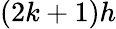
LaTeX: (2k+1)h